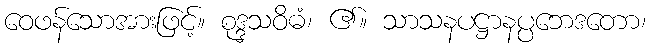
ဝေဖန်သောအားဖြင့်။ စုဒ္ဒသဝိဓံ၊ ၏။ သာသနပဋ္ဌာနပ္ပဘေဒတော၊